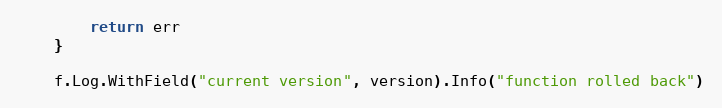
Language: Go
		return err
	}

	f.Log.WithField("current version", version).Info("function rolled back")